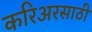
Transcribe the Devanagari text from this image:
करिअरसाठी